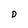
Character: D